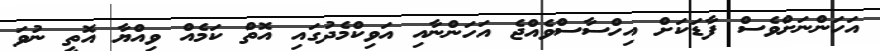
އަހަންނަށްވެސް ފާޑަކަށް އިހްސާސްވެއްޖެ އަހަންނާއި އަވިކްމެދުގައި އޮތް ކަމެއް ވިއްޔާ އޮތީ ނުވަ